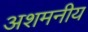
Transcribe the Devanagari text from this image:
अशमनीय